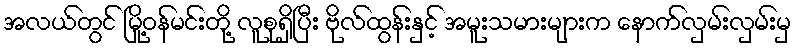
အလယ်တွင် မြို့ဝန်မင်းတို့ လူစုရှိပြီး ဗိုလ်ထွန်းနှင့် အမူးသမားများက နောက်လှမ်းလှမ်းမှ